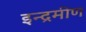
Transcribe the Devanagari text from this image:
इन्द्रमीण